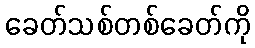
ခေတ်သစ်တစ်ခေတ်ကို